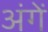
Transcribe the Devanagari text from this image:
अंगें